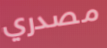
مصدري